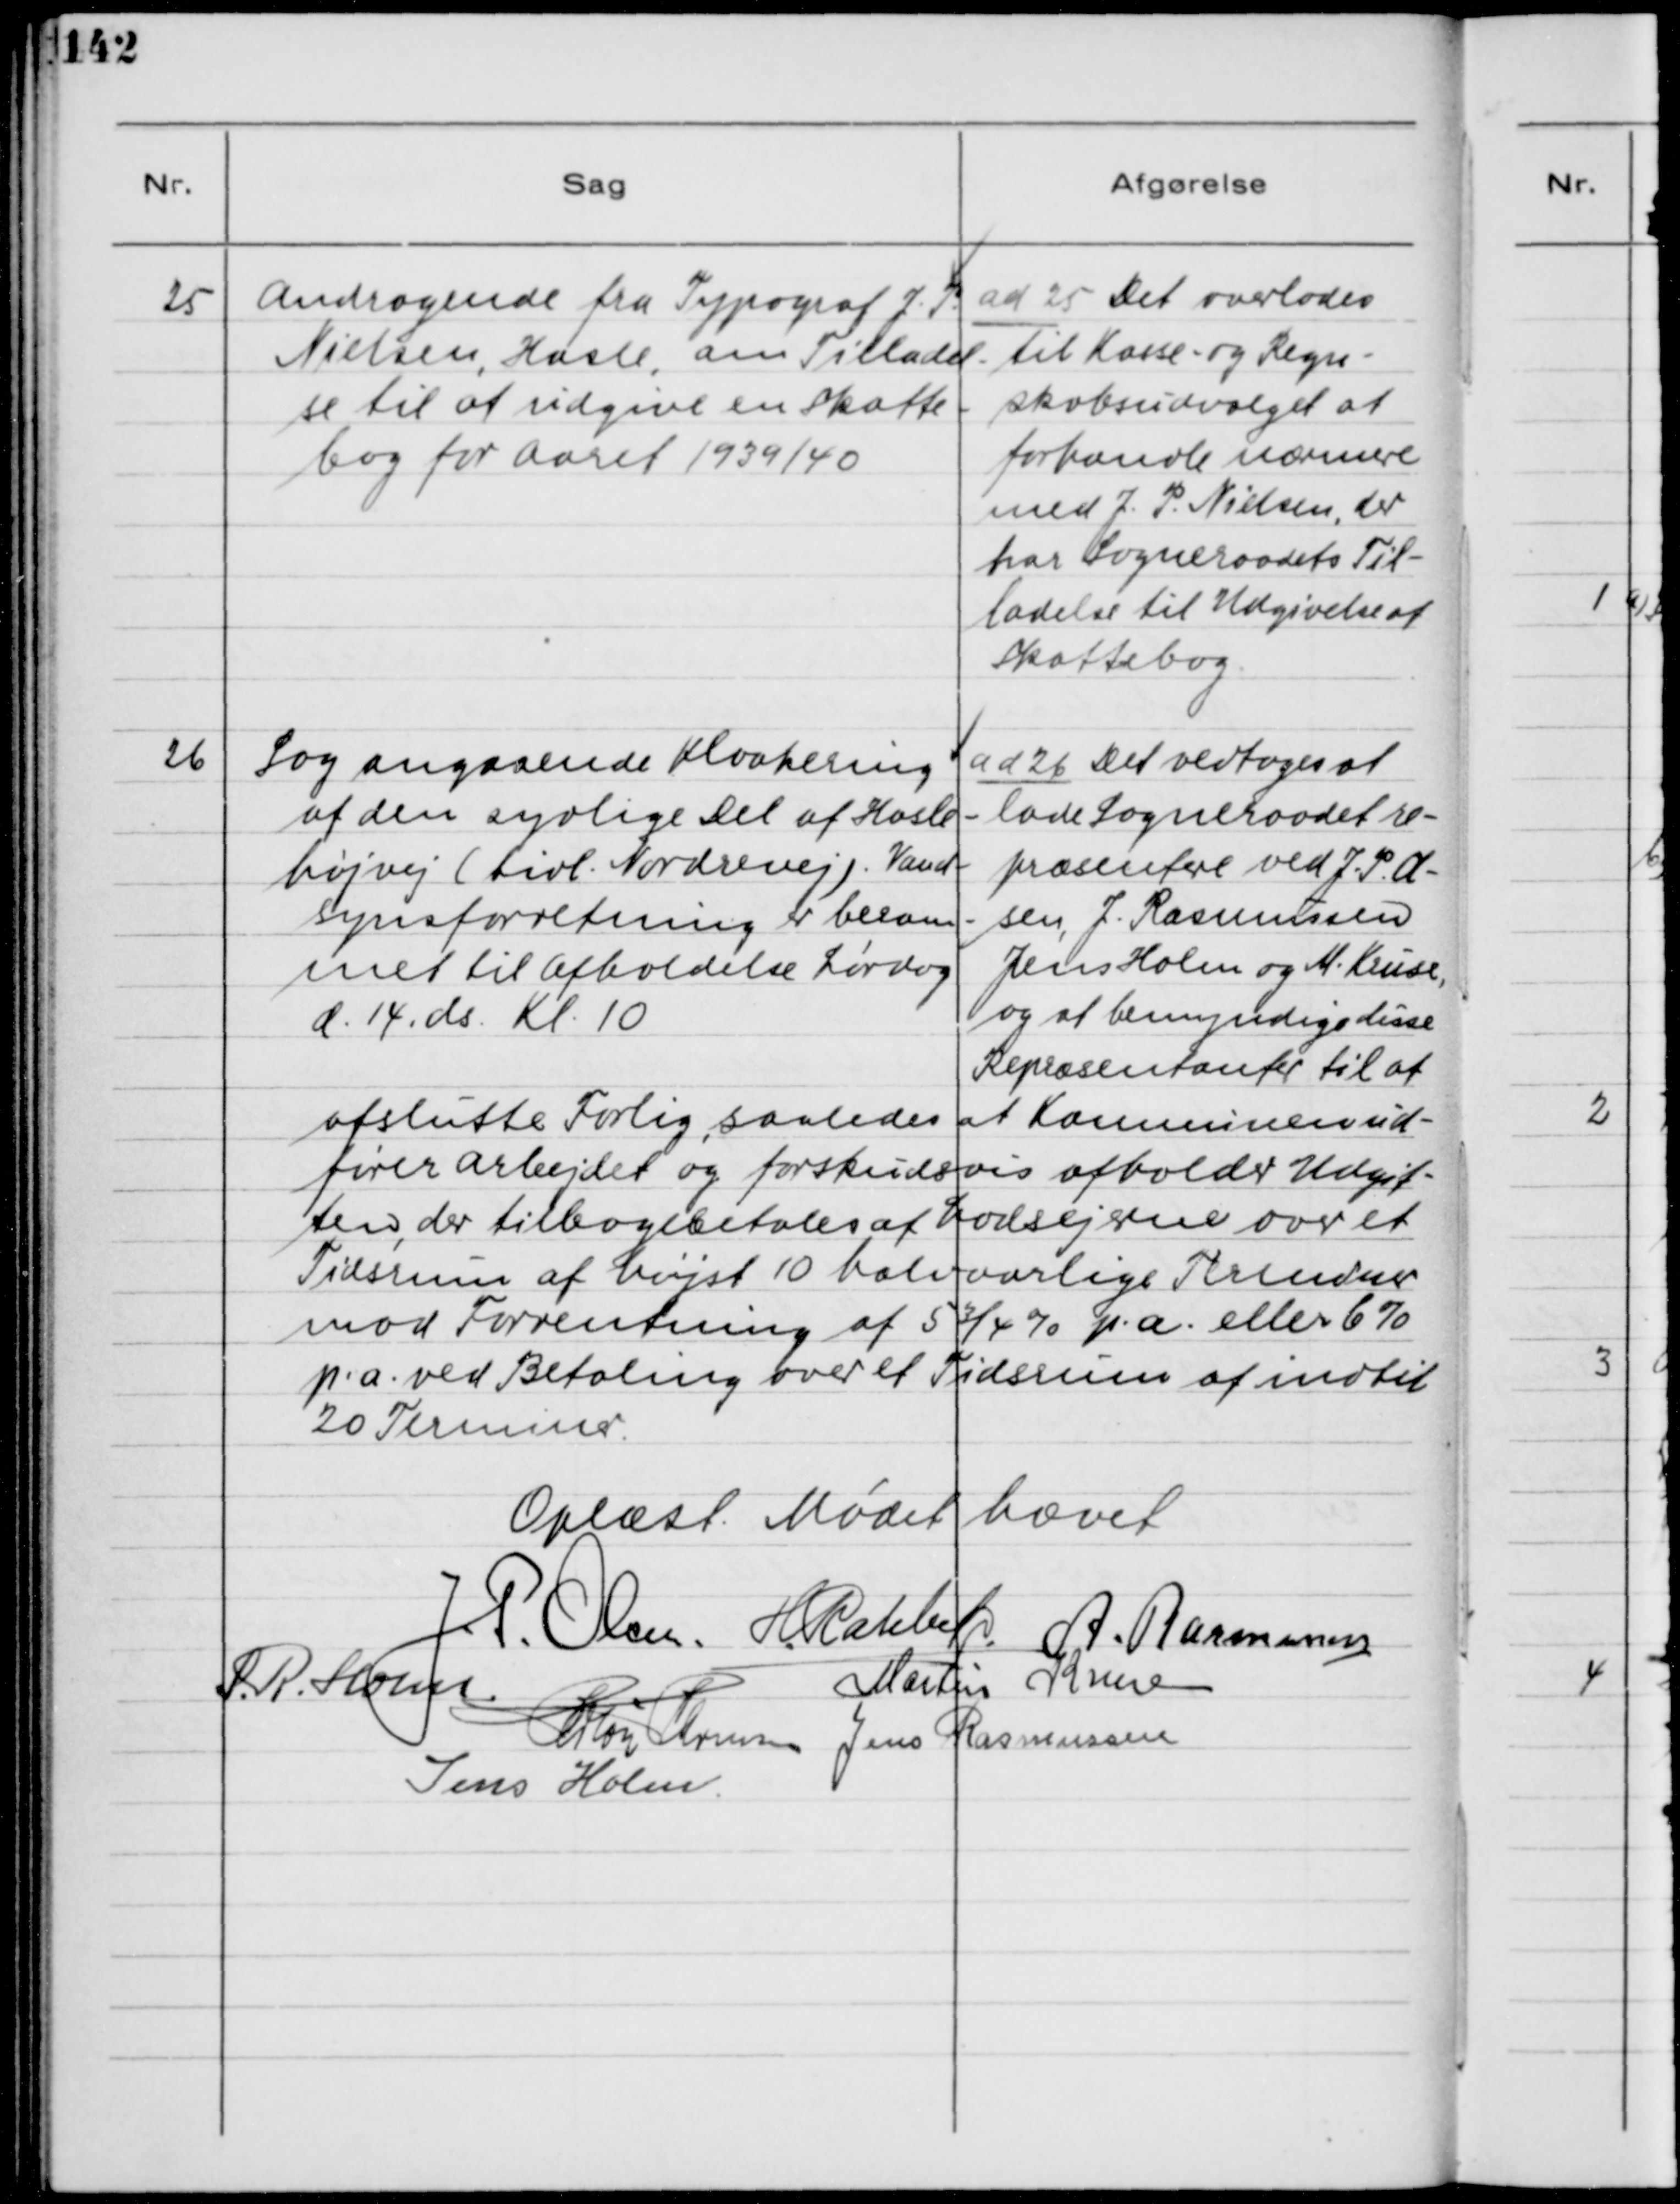
Transskription:
25. Andragende fra Typograf J. P.
Nielsen, Hasle, om Tilladel-
se til at udgive en Skatte-
bog for Aaret 1939/40

ad 25. Det overlades
til Kasse- og Regn-
skabsudvalget at
forhandle nærmere
med J. P. Nielsen, der
har Sogneraadets Til-
ladelse til Udgivelse af
Skattebog.

26. Sag angaaende Kloakering
af den sydlige Del af Hasle -
højvej (tidl. Nordrevej). Vand-
synsforretning er beram-
met til Afholdelse Lørdag
d. 14 ds. Kl. 10

ad 26. Det vedtoges at
lade Sogneraadet re-
præsentere ved J. P. Ol-
sen, J. Rasmussen
Jens Holm og M. Kruse,
og at bemyndige disse
Repræsentanter til at
afslutte Forlig, saaledes at Kommunen ud-
fører Arbejdet og forskudsvis afholder Udgif-
ten, der tilbagebetales af Lodsejerne over et
Tidsrum af højst 10 halvaarlige Terminer
mod Forrentning af 5 3/4 % p.a. eller 6%
p.a. ved Betaling over et Tidsrum af indtil
20 Terminer.

Oplæst. Mødet hævet.